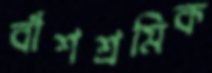
বাঁশশ্রমিক